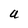
Character: U